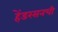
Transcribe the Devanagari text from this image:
हेंडरसनची